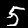
Digit: 5